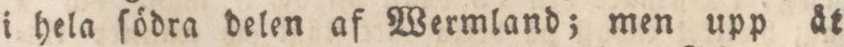
i hela ſödra delen af Wermland; men upp åt